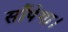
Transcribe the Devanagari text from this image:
सौंपेगा।